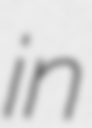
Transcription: in